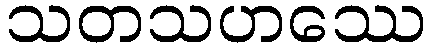
သတသဟဿေ